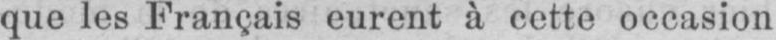
que les Français eurent à cette occasion